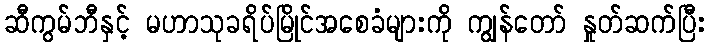
ဆီကွမ်ဘီနှင့် မဟာသုခရိပ်မြိုင်အစေခံများကို ကျွန်တော် နှုတ်ဆက်ပြီး